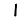
Digit: 1